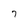
Character: 7